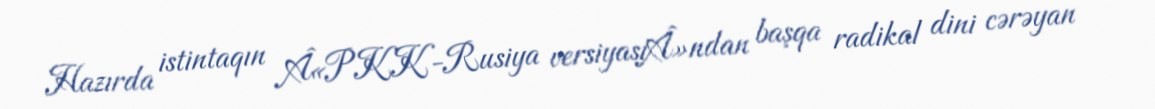
Hazırda istintaqın Â«PKK-Rusiya versiyasıÂ»ndan başqa radikal dini cərəyan